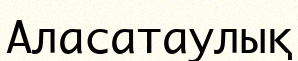
Аласатаулық